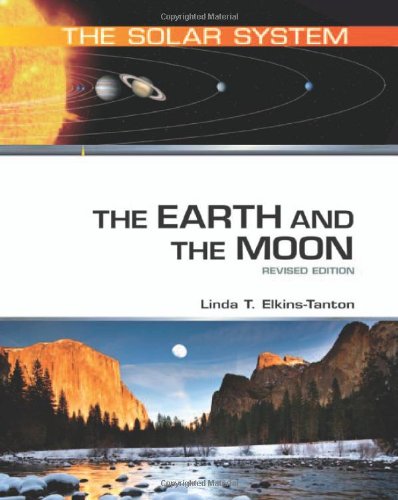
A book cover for The Earth and the Moon (The Solar System); Linda T. Elkins-Tanton; Teen & Young Adult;